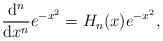
LaTeX: \begin{align*} \frac{\mathrm{d}^n}{\mathrm{d}x^n} e^{-x^2} = H_n(x) e^{-x^2}, \end{align*}